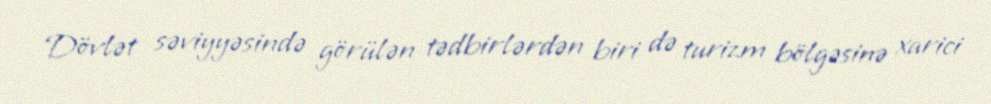
Dövlət səviyyəsində görülən tədbirlərdən biri də turizm bölgəsinə xarici